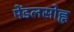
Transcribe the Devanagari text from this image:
मेंडलसोह्न